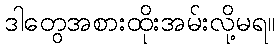
ဒါတွေအစားထိုးအမ်းလို့မရ။